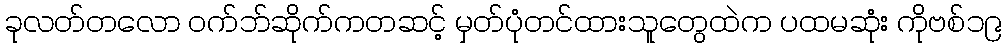
ခုလတ်တလော ဝက်ဘ်ဆိုက်ကတဆင့် မှတ်ပုံတင်ထားသူတွေထဲက ပထမဆုံး ကိုဗစ်၁၉